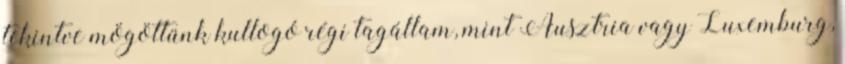
tekintve mögöttünk kullogó régi tagállam, mint Ausztria vagy Luxemburg,